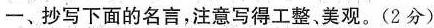
一、抄写下面的名言，注意写得工整、美观。(2分)